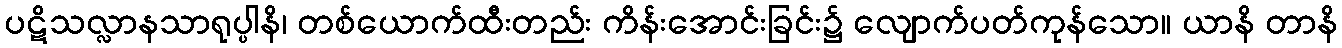
ပဋိသလ္လာနသာရုပ္ပါနိ၊ တစ်ယောက်ထီးတည်း ကိန်းအောင်းခြင်း၌ လျောက်ပတ်ကုန်သော။ ယာနိ တာနိ